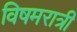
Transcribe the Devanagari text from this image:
विषमरात्री